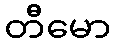
တီမော